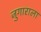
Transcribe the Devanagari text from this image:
जुगाराला